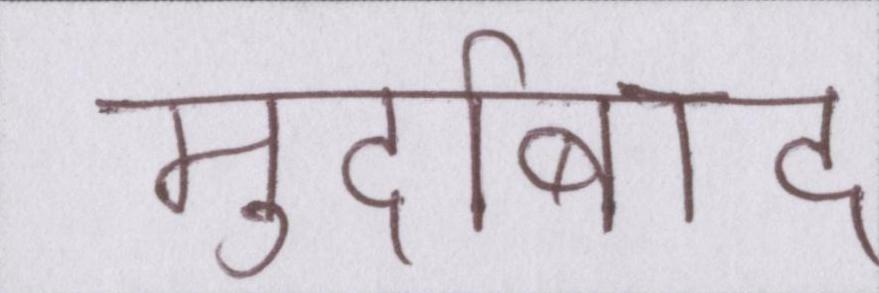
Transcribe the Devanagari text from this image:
मुर्दाबाद